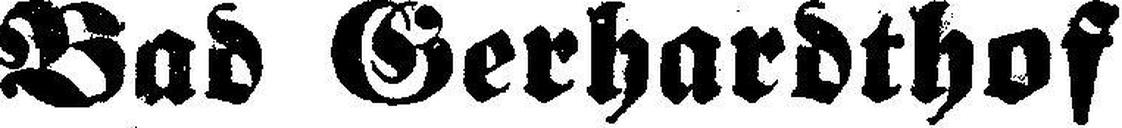
Bad Gerhardthof